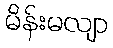
မိန်းမလျာ